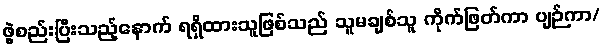
ဖွဲ့စည်းပြီးသည့်နောက် ရရှိထားသူဖြစ်သည် သူမချစ်သူ ကိုက်ဖြတ်ကာ ပျဉ်ကာ/